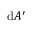
\mathrm { d } A ^ { \prime }